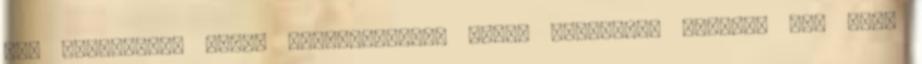
itt kaphattak. Mivel gyakorlatilag semmi korlátozó tényező nem volt